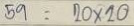
59 = 20 x 20